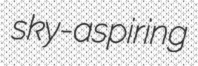
sky-aspiring